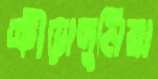
ক্রীড়াদুনিয়া